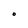
Character: O